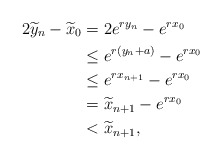
\begin{align*} 2\widetilde y_n - \widetilde x_0 & = 2e^{ry_n} - e^{rx_0} \\ & \leq e^{r(y_n+a)} - e^{rx_0} \\ & \leq e^{rx_{n+1}} -e^{rx_0} \\ & =\widetilde x_{n+1} - e^{rx_0} \\ & < \widetilde{x}_{n+1},\end{align*}